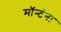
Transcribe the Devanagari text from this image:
मॉर्न्टना